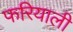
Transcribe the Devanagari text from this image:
फरियाली